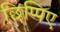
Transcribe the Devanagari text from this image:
छिप्पिए